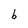
Character: b